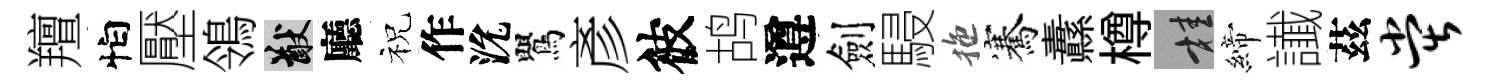
羶怕壓鴒猷廳祝作沇鸎彥彼鸪遵劍駸拖騫纛樽桂締䜟茲堂